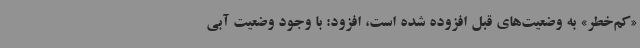
«کم‌خطر» به وضعیت‌های قبل افزوده شده است، افزود: با وجود وضعیت آبی